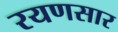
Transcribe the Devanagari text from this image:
रयणसार